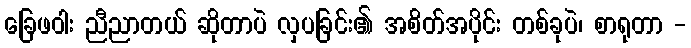
ခြေဖဝါး ညီညာတယ် ဆိုတာပဲ လှပခြင်း၏ အစိတ်အပိုင်း တစ်ခုပဲ၊ စာရုတာ -